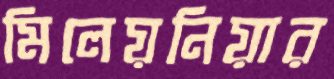
মিলেয়নিয়ার